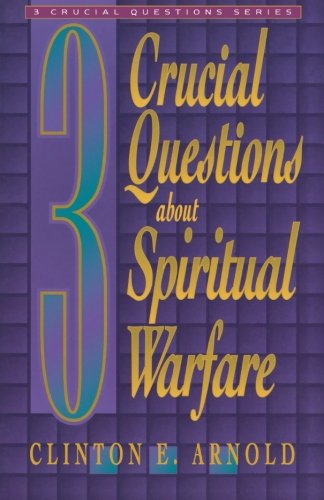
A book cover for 3 Crucial Questions about Spiritual Warfare (Three Crucial Questions); Clinton E. Arnold; Religion & Spirituality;